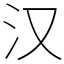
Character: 汉